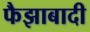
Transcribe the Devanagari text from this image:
फैझाबादी